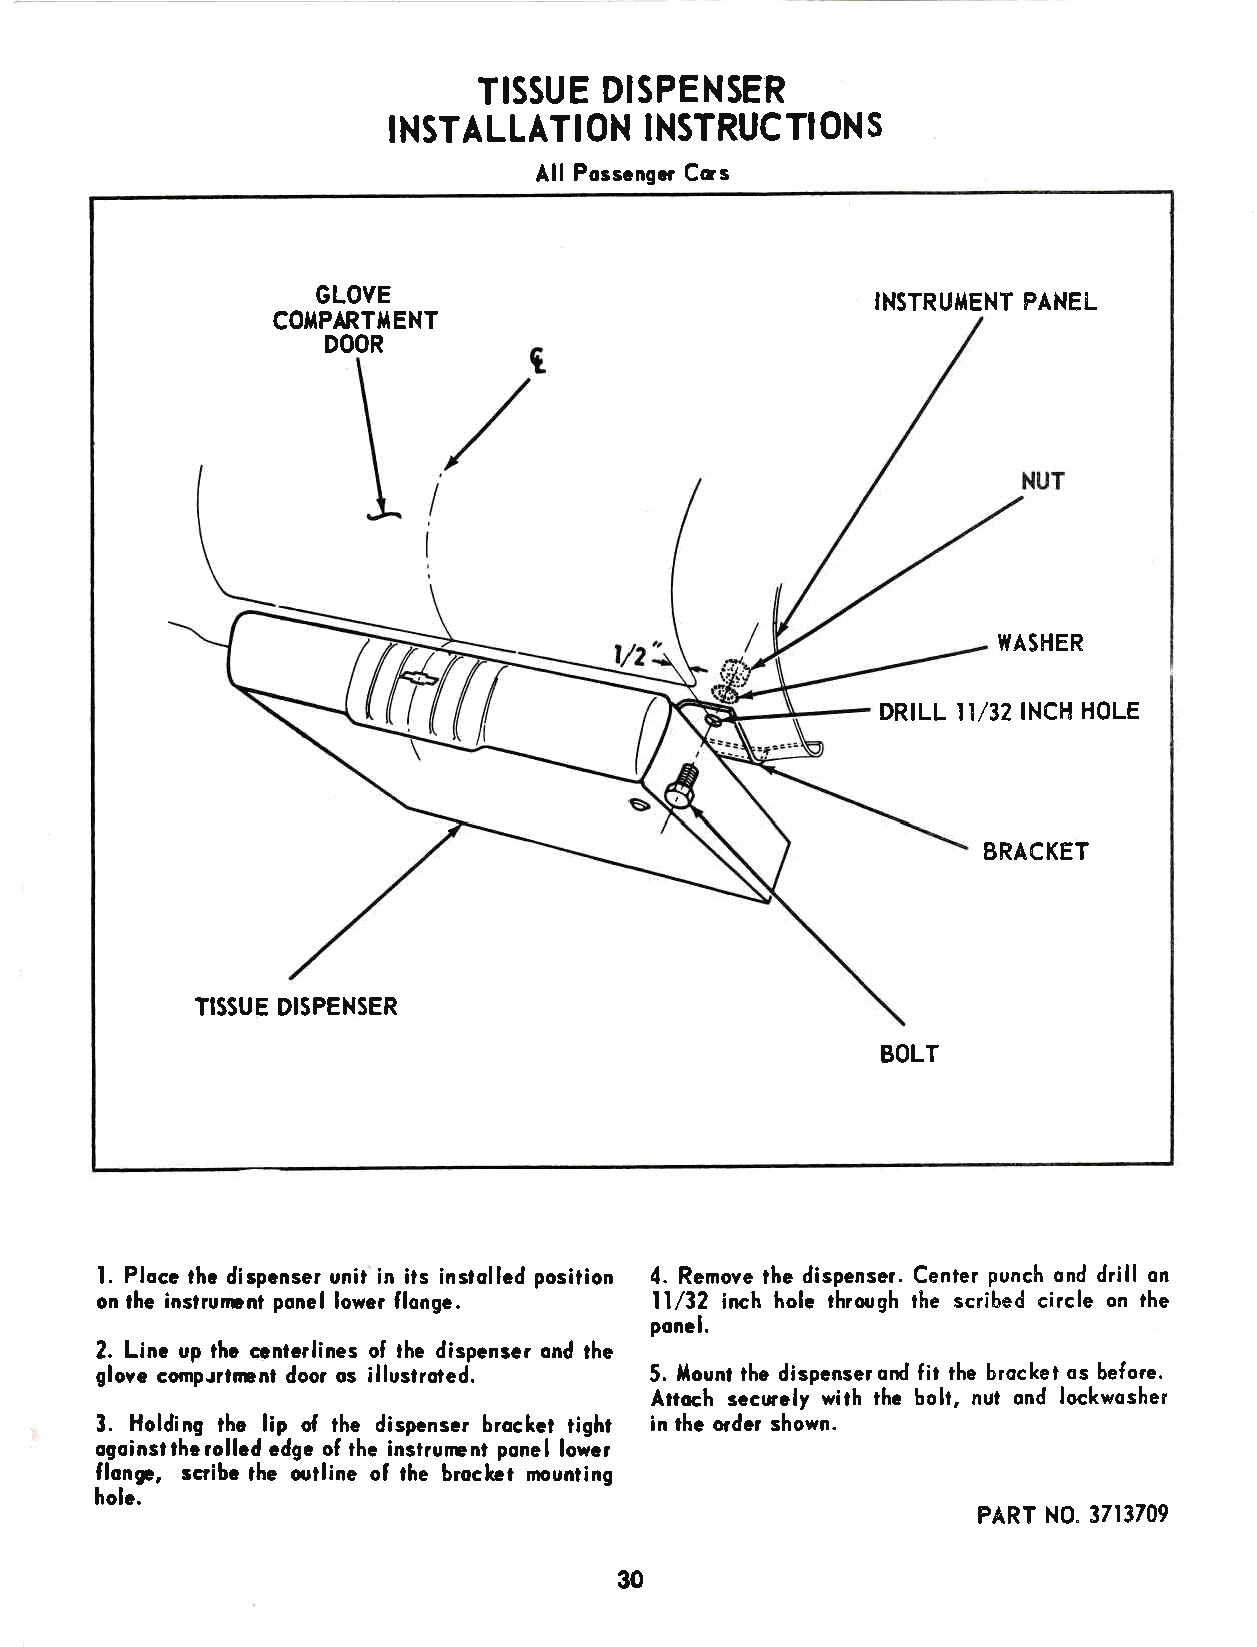
TISSUE  DISPENSER
 INSTALLATI   ON  INSTRUC  T! ON S
 All Posscngcr Ccs
 GLOVE                                INSTRUITENT FANEi-
 COilPARTITENT
 DOOR
 WASHER
 DRILL II/32INCH HOLE
 BRACKET
 TISSUE DISPENSER
 BOLT
 l. Plocc thc dispcnser unit in its instolled posiiion 4. Remove the dispenser. Center punch ond drill on
 on the inslrurrnl ponel lower flonge. ll/32 irch hole throrgh the scribed circle on the
 ponel.
 2. Linc up thc cenlerlines of the dispenser ond the
 glove comprrlrunl door os illustroted. 5. llount the dispcnserond fit the brocket qs before.
 Attoch secwely with the boh, nut ond lockwosher
 3. Holding thc lip o{ the dispenser brockct tight in the order shown.
 ogoinstthcrolled cdge o[ the instrumnt ponel lowcr
 flonga, scribc the outline o[ the broclct mounting
 holc.
 PART N0. 3713709
 30